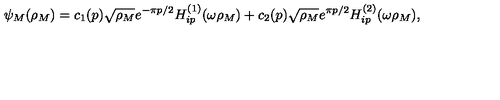
\psi _ { M } ( \rho _ { M } ) = c _ { 1 } ( p ) \sqrt { \rho _ { M } } e ^ { - \pi p / 2 } H _ { i p } ^ { ( 1 ) } ( \omega \rho _ { M } ) + c _ { 2 } ( p ) \sqrt { \rho _ { M } } e ^ { \pi p / 2 } H _ { i p } ^ { ( 2 ) } ( \omega \rho _ { M } ) ,